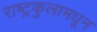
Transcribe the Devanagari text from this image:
राष्ट्रकुलामधून